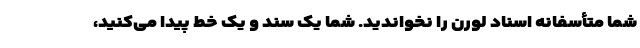
شما متأسفانه اسناد لورن را نخواندید. شما یک سند و یک خط پیدا می‌کنید،